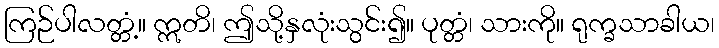
ကြဉ်ပါလတ္တံ့။ ဣတိ၊ ဤသို့နှလုံးသွင်း၍။ ပုတ္တံ၊ သားကို။ ရုက္ခသာခါယ၊